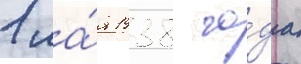
1 ма́я 1938 го́да